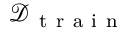
\mathcal { D } _ { \mathrm { ~ t ~ r ~ a ~ i ~ n ~ } }